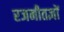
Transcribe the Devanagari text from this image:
रजनीतज्ञों